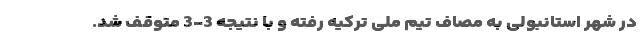
در شهر استانبولی به مصاف تیم ملی ترکیه رفته و با نتیجه 3-3 متوقف شد.